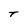
Character: T